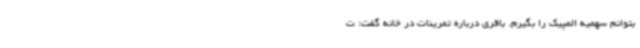
بتوانم سهمیه المپیک را بگیرم. باقری درباره تمرینات در خانه گفت: ت